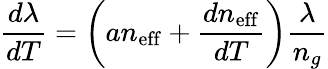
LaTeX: \frac{d\lambda}{dT}=\left(an_{\mathrm{eff}}+\frac{dn_{\mathrm{eff}}}{dT}\right)\frac{\lambda}{n_{g}}